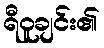
ရီဝူချင်း၏